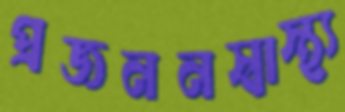
প্রজননস্বাস্থ্য